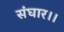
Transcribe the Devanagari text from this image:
संघार।।